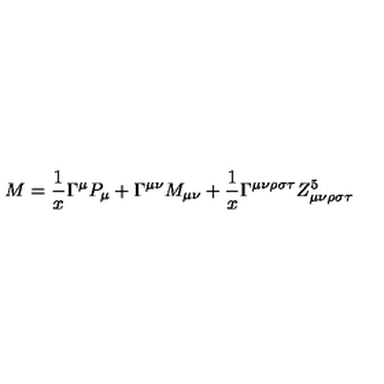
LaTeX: M = \frac { 1 } { x } \Gamma ^ { \mu } P _ { \mu } + \Gamma ^ { \mu \nu } M _ { \mu \nu } + \frac { 1 } { x } \Gamma ^ { \mu \nu \rho \sigma \tau } Z _ { \mu \nu \rho \sigma \tau } ^ { 5 }